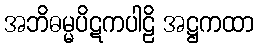
အဘိဓမ္မပိဋကပါဠိ အဋ္ဌကထာ